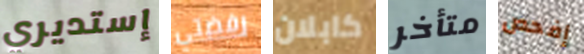
إستديري رفضتي كابلان متأخر إفحص